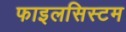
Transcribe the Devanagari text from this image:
फाइलसिस्टम